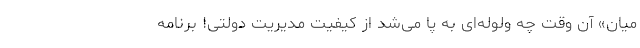
میان» آن وقت چه ولوله‌ای به پا می‌شد از کیفیت مدیریت دولتی! برنامه